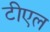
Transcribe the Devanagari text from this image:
टीएल